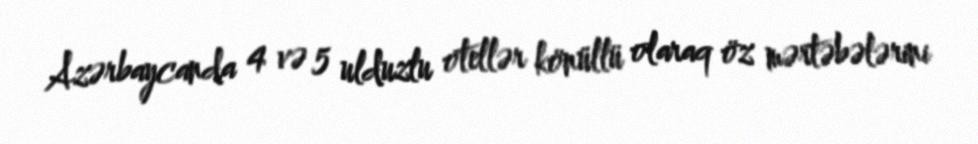
Azərbaycanda 4 və 5 ulduzlu otellər könüllü olaraq öz mərtəbələrini